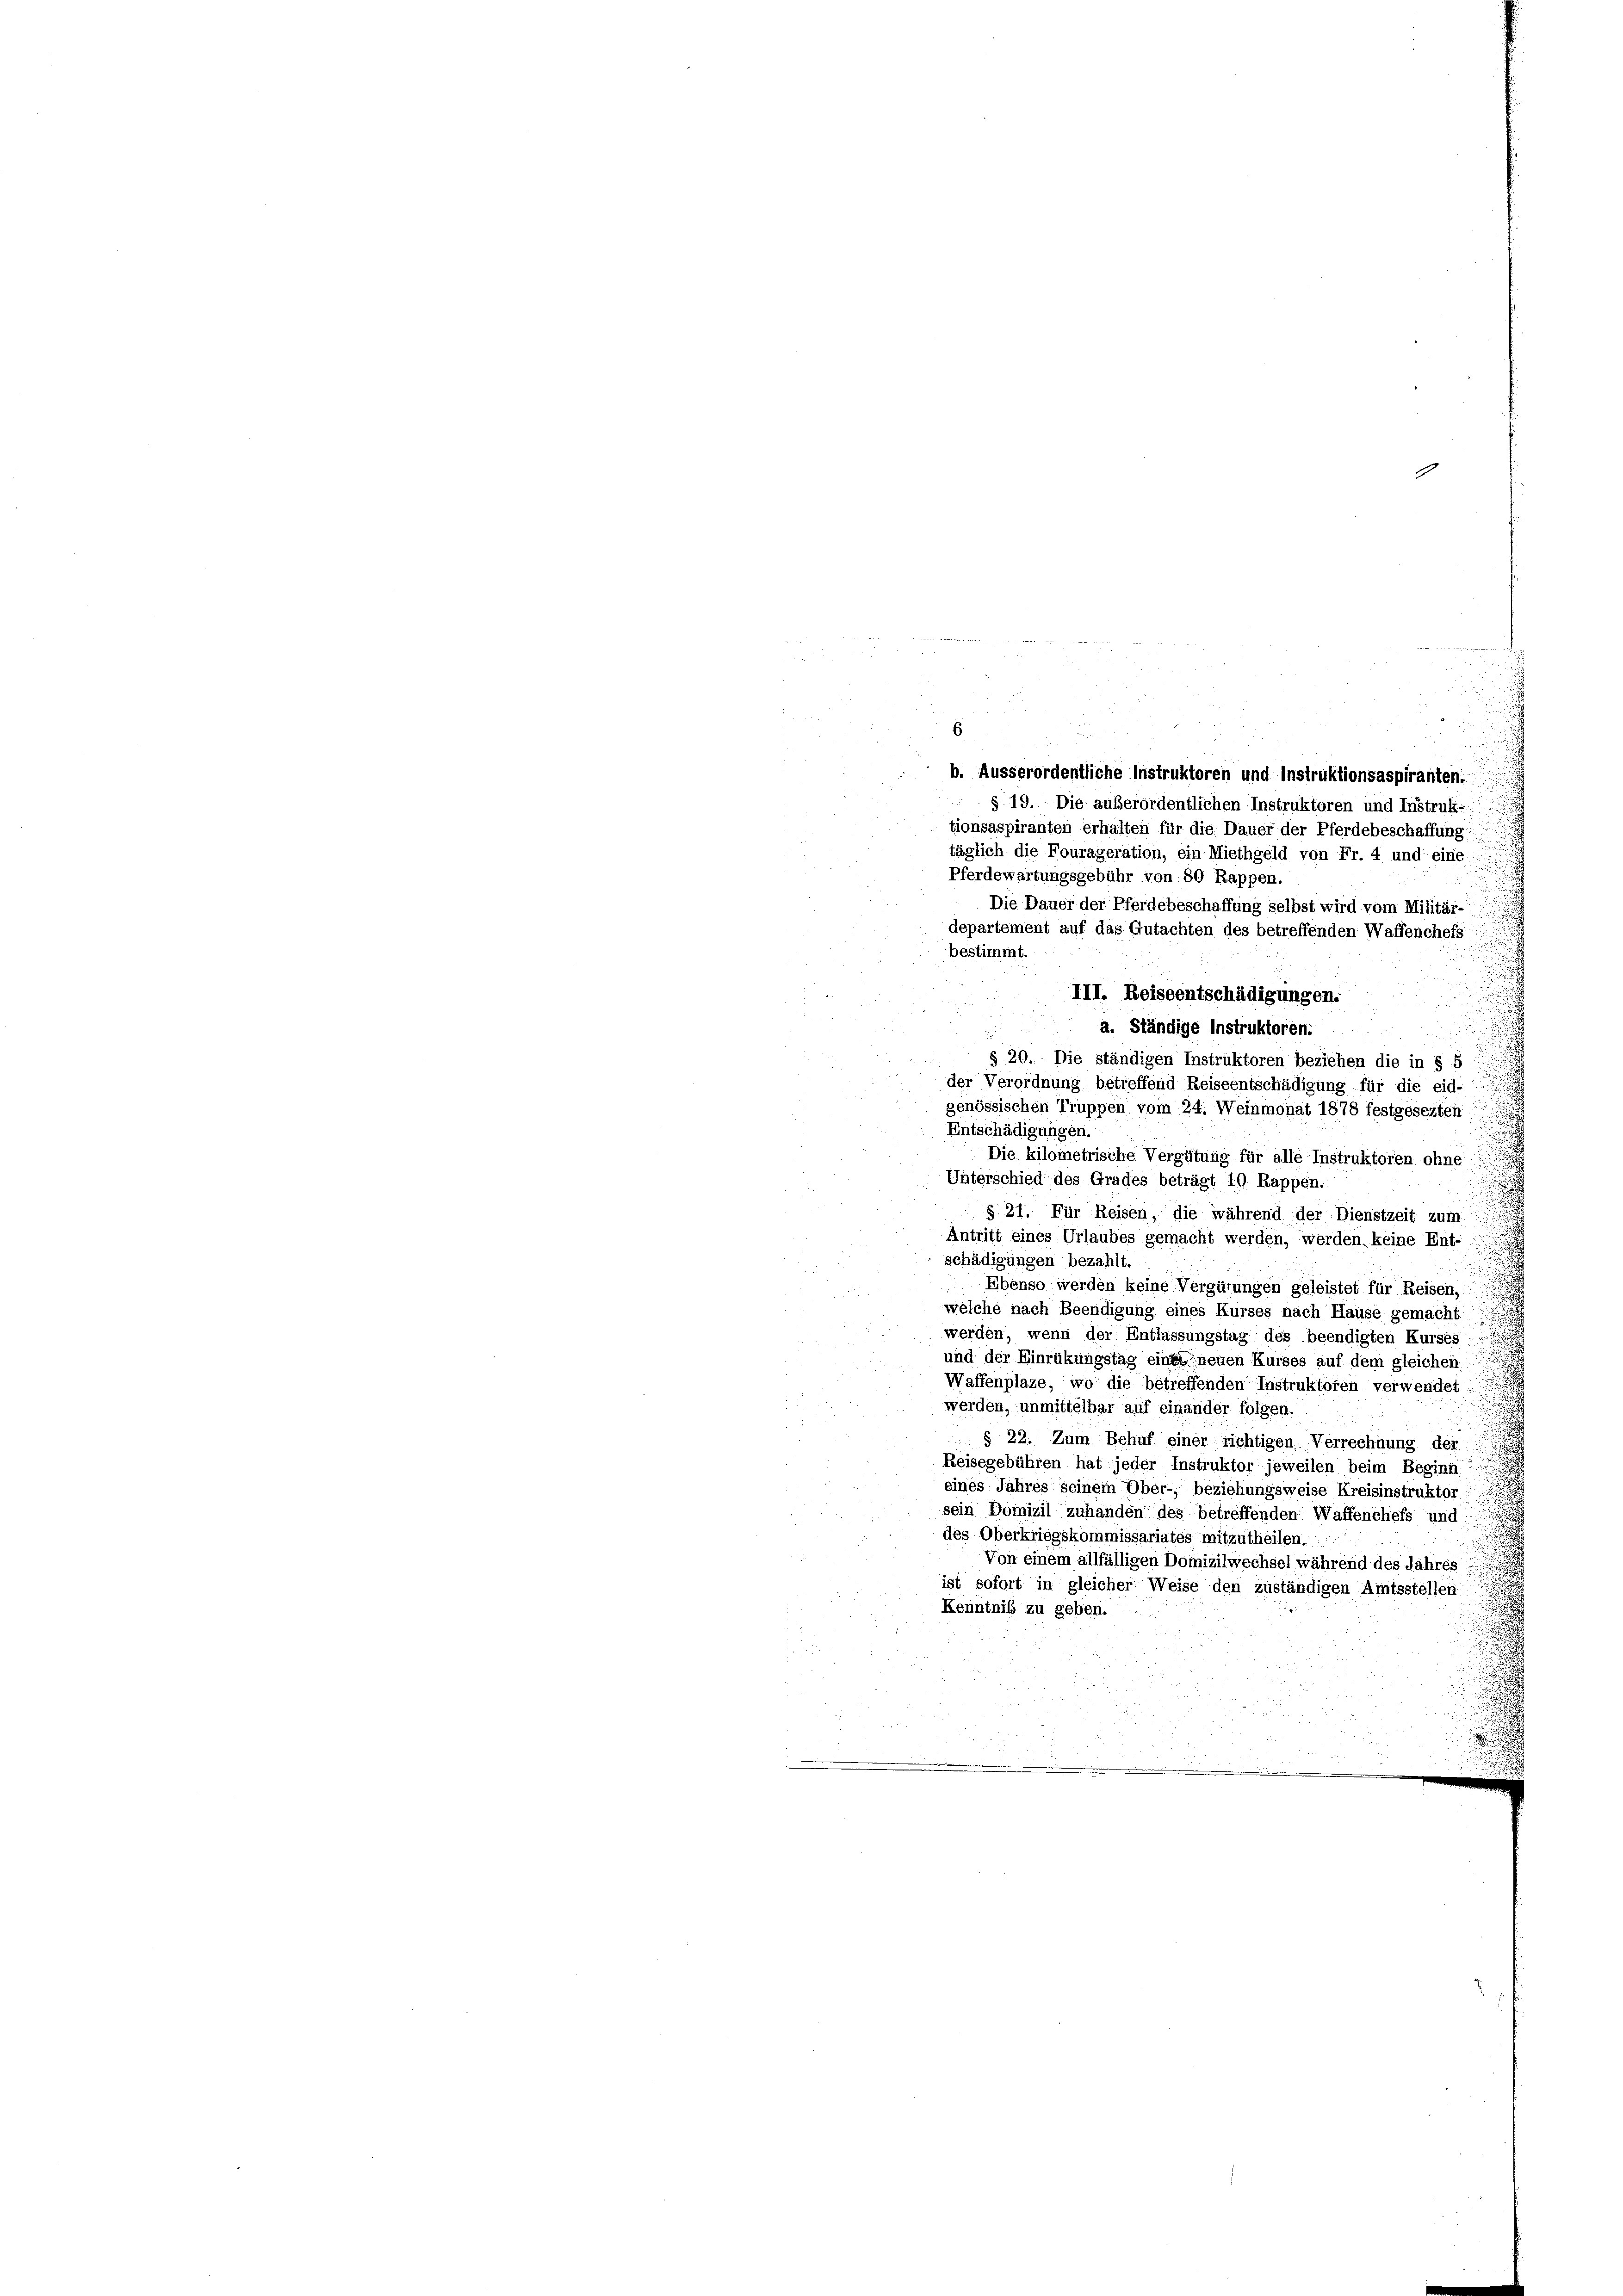
der einen Persich sei den 10. 10
e
6
b. Ausserordentliche Instruktoren und Instruktionsaspiranten.
§ 19. Die außerordentlichen Instruktoren und Instrufie:
tionsaspiranten erhalten für die Dauer der Pferdebeschaffung:
täglich die Fourageration, ein Miethgeld von Fr. 4 und eine
Pferdewartungsgebühr von 80 Rappen.
Die Dauer der Pferdebeschaffung selbst wird vom Militär-
departement auf das Gutachten des betreffenden Waffenchefs
bestimmt.
III. Reiseentschädigungen.
a. Ständige Instruktoren:
§ 20. Die ständigen Instruktoren beziehen die in § 5
der Verordnung betreffend Reiseentschädigung für die eid-
genössischen Truppen vom 24. Weinmonat 1878 festgesezten
u
Entschädigungen.
Die kilometrische Vergütung für alle Instruktoren ohne
Unterschied des Grades beträgt 10 Rappen.
§ 21. Für Reisen, die während der Dienstzeit zum
Antritt eines Urlaubes gemacht werden, werden keine Ent-
schädigungen bezahlt.
Ebenso werden keine Vergütungen geleistet für Reisen,
welche nach Beendigung eines Kurses nach Hause gemacht.
werden, wenn der Entlassungstag des beendigten Kurses
und der Einrükungstag einer neuen Kurses auf dem gleichen
Waffenplaze, wo die betreffenden Instruktoren verwendet
.
werden, unmittelbar auf einander folgen.
§ 22. Zum Behuf einer richtigen Verrechnung der
Reisegebühren hat jeder Instruktor jeweilen beim Beginn
eines Jahres seinem Ober-, beziehungsweise Kreisinstruktor
sein Domizil zuhanden des betreffenden Waffenchefs und
des Oberkriegskommissariates mitzutheilen.
Von einem allfälligen Domizilwechsel während des Jahres
ist sofort in gleicher Weise den zuständigen Amtsstellen
Kenntniß zu geben.